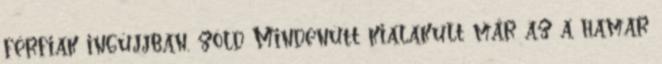
férfiak ingújjban, zöld Mindenütt kialakult már az a hamar